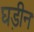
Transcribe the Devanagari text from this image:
घड़ीन